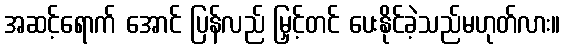
အဆင့်ရောက် အောင် ပြန်လည် မြှင့်တင် ပေးနိုင်ခဲ့သည်မဟုတ်လား။